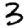
Digit: 3